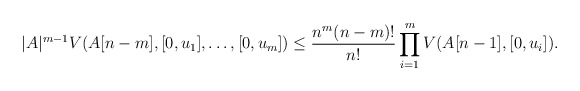
\begin{align*}|A|^{m-1}V(A[n-m],[0,u_1],\dots, [0,u_m])\le\frac{n^m(n-m)!}{n!}\prod_{i=1}^mV(A[n-1],[0,u_i]).\end{align*}